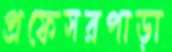
প্রফেসরপাড়া